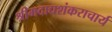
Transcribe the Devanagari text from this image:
श्रीमदाद्यशंकराचार्य